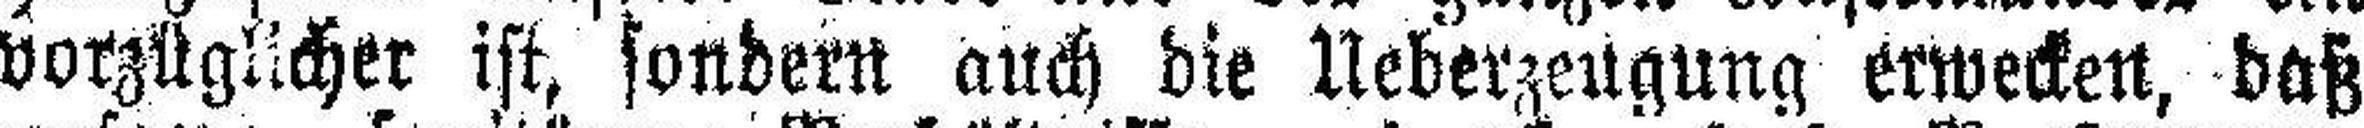
vorzüglicher ist, sondern auch die Ueberzeugung erwecken, daß